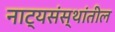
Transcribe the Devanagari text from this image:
नाट्यसंस्थांतील